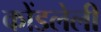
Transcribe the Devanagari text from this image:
कोंडलेली